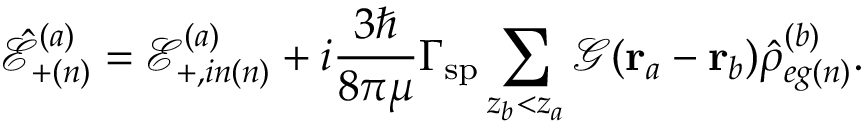
\hat { \mathcal { E } } _ { + ( n ) } ^ { ( a ) } = \mathcal { E } _ { + , i n ( n ) } ^ { ( a ) } + i \frac { 3 \hbar } { 8 \pi \mu } \Gamma _ { \mathrm { s p } } \sum _ { z _ { b } < z _ { a } } \mathcal { G } ( \mathbf { r } _ { a } - \mathbf { r } _ { b } ) \hat { \rho } _ { e g ( n ) } ^ { ( b ) } .